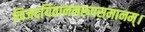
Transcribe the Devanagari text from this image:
निजदयिताननरूपसमानम्।